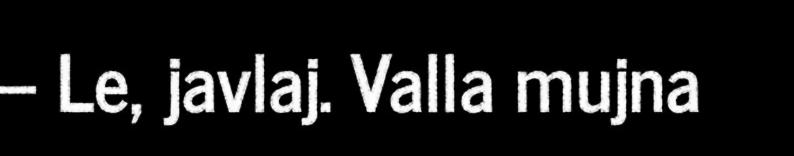
– Le, javlaj. Valla mujna